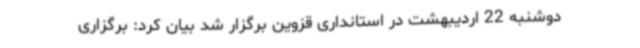
دوشنبه 22 اردیبهشت در استانداری قزوین برگزار شد بیان کرد: برگزاری